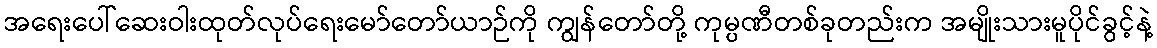
အရေးပေါ်ဆေးဝါးထုတ်လုပ်ရေးမော်တော်ယာဉ်ကို ကျွန်တော်တို့ ကုမ္ပဏီတစ်ခုတည်းက အမျိုးသားမူပိုင်ခွင့်နဲ့